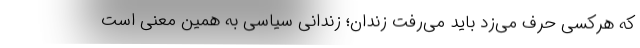
که هرکسی حرف می‌زد باید می‌رفت زندان؛ زندانی سیاسی به همین معنی است